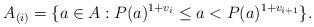
LaTeX: \begin{align*}A_{(i)} = \{a\in A : P(a)^{1+v_{i}} \le a < P(a)^{1+v_{i+1}}\}.\end{align*}